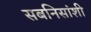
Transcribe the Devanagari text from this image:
सबनिसांशी